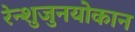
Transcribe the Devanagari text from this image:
रेन्शुजुनयोकान